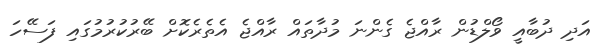
އަދި ދުބާއީ ވޯލްޑުން ރާާއްޖެ ގެންނަ މުދާތައް ރާއްޖެ އެތެރެކޮށް ބޭރުކުރުމުގައި ފަސޭހަ